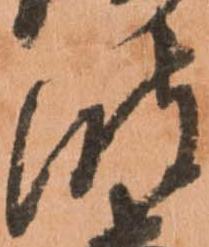
波